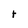
Character: t